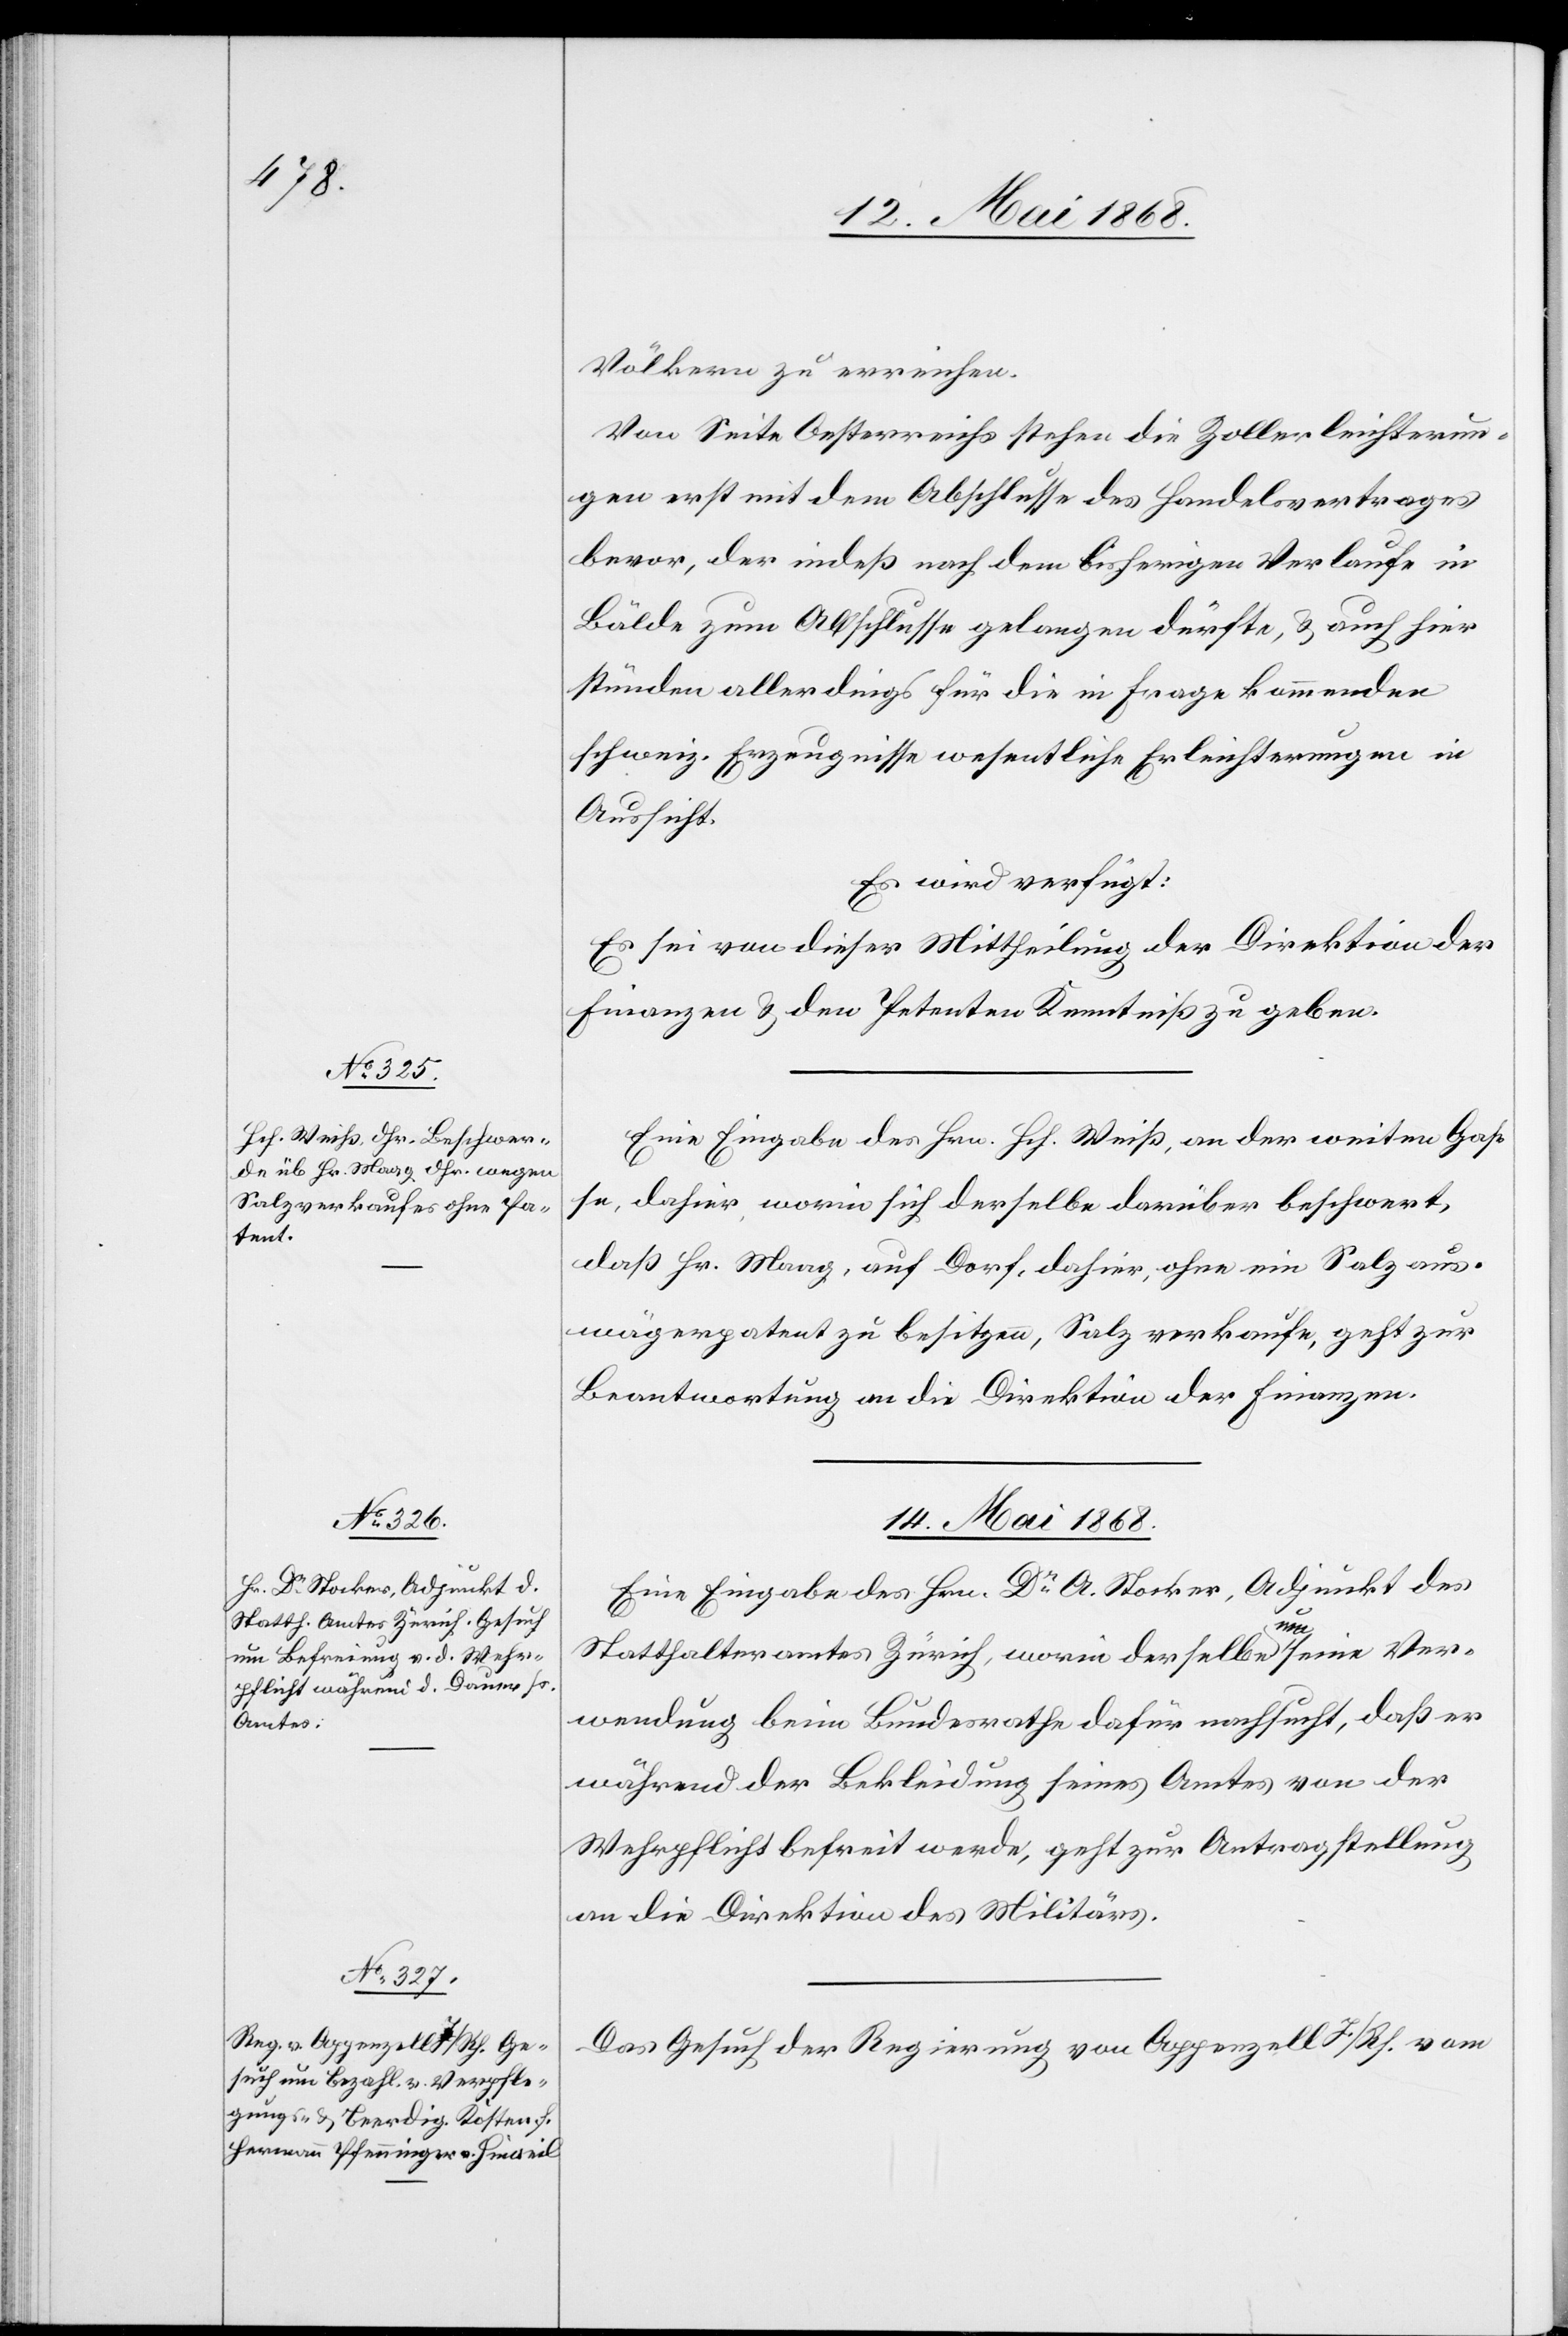
14. Mai 1868.]
Völkern zu erreichen.
Von Seite Oesterreichs stehen die Zollerleichterun¬
gen erst mit dem Abschlusse des Handelsvertrages
bevor, der indeß nach dem bisherigen Verlaufe in
Bälde zum Abschlusse gelangen dürfte, & auch hier
stünden allerdings für die in Frage kommenden
schweiz. Erzeugnisse wesentliche Erleichterungen in
Aussicht.
Es wird verfügt:
Es sei von dieser Mittheilung der Direktion der
Finanzen & den Petenten Kenntniß zu geben.
Eine Eingabe des Hrn. Hch. Weiß, an der weiten Gas¬
se, dahier, worin sich derselbe darüber beschwert,
daß Hr. Maag, auf Dorf, dahier, ohne ein Salzaus¬
wägerpatent zu besitzen, Salz verkaufe, geht zur
Beantwortung an die Direktion der Finanzen.
14. Mai 1868.
Eine Eingabe des Hrn. Dr. A. Stockar, Adjunkt des
Statthalteramtes Zürich, worin derselbe um seine Ver¬
wendung beim Bundesrathe dafür nachsucht, daß er
während der Bekleidung seines Amtes von der
Wehrpflicht befreit werde, geht zur Antragstellung
an die Direktion des Militärs.
Das Gesuch der Regierung von Appenzell I/Rh. vom